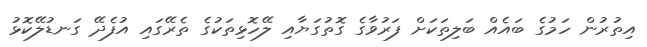
އިތުރުން ހަމުގެ ބައެއް ބަލިތަކަށް ފަރުވާގެ ގޮތުގަޔާއި ލޭހޮޅިތަކުގެ ތެރޭގައި އުފެދޭ ގަނޑުލޭކޮޅު